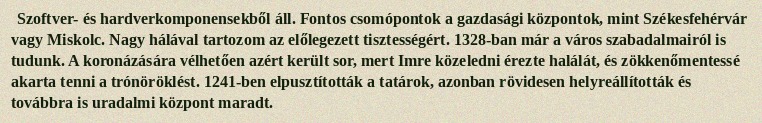
Szoftver- és hardverkomponensekből áll. Fontos csomópontok a gazdasági központok, mint Székesfehérvár vagy Miskolc. Nagy hálával tartozom az előlegezett tisztességért. 1328-ban már a város szabadalmairól is tudunk. A koronázására vélhetően azért került sor, mert Imre közeledni érezte halálát, és zökkenőmentessé akarta tenni a trónöröklést. 1241-ben elpusztították a tatárok, azonban rövidesen helyreállították és továbbra is uradalmi központ maradt.